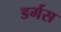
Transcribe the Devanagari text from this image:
डर्गस